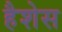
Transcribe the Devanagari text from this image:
हैशेस